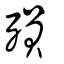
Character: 殞